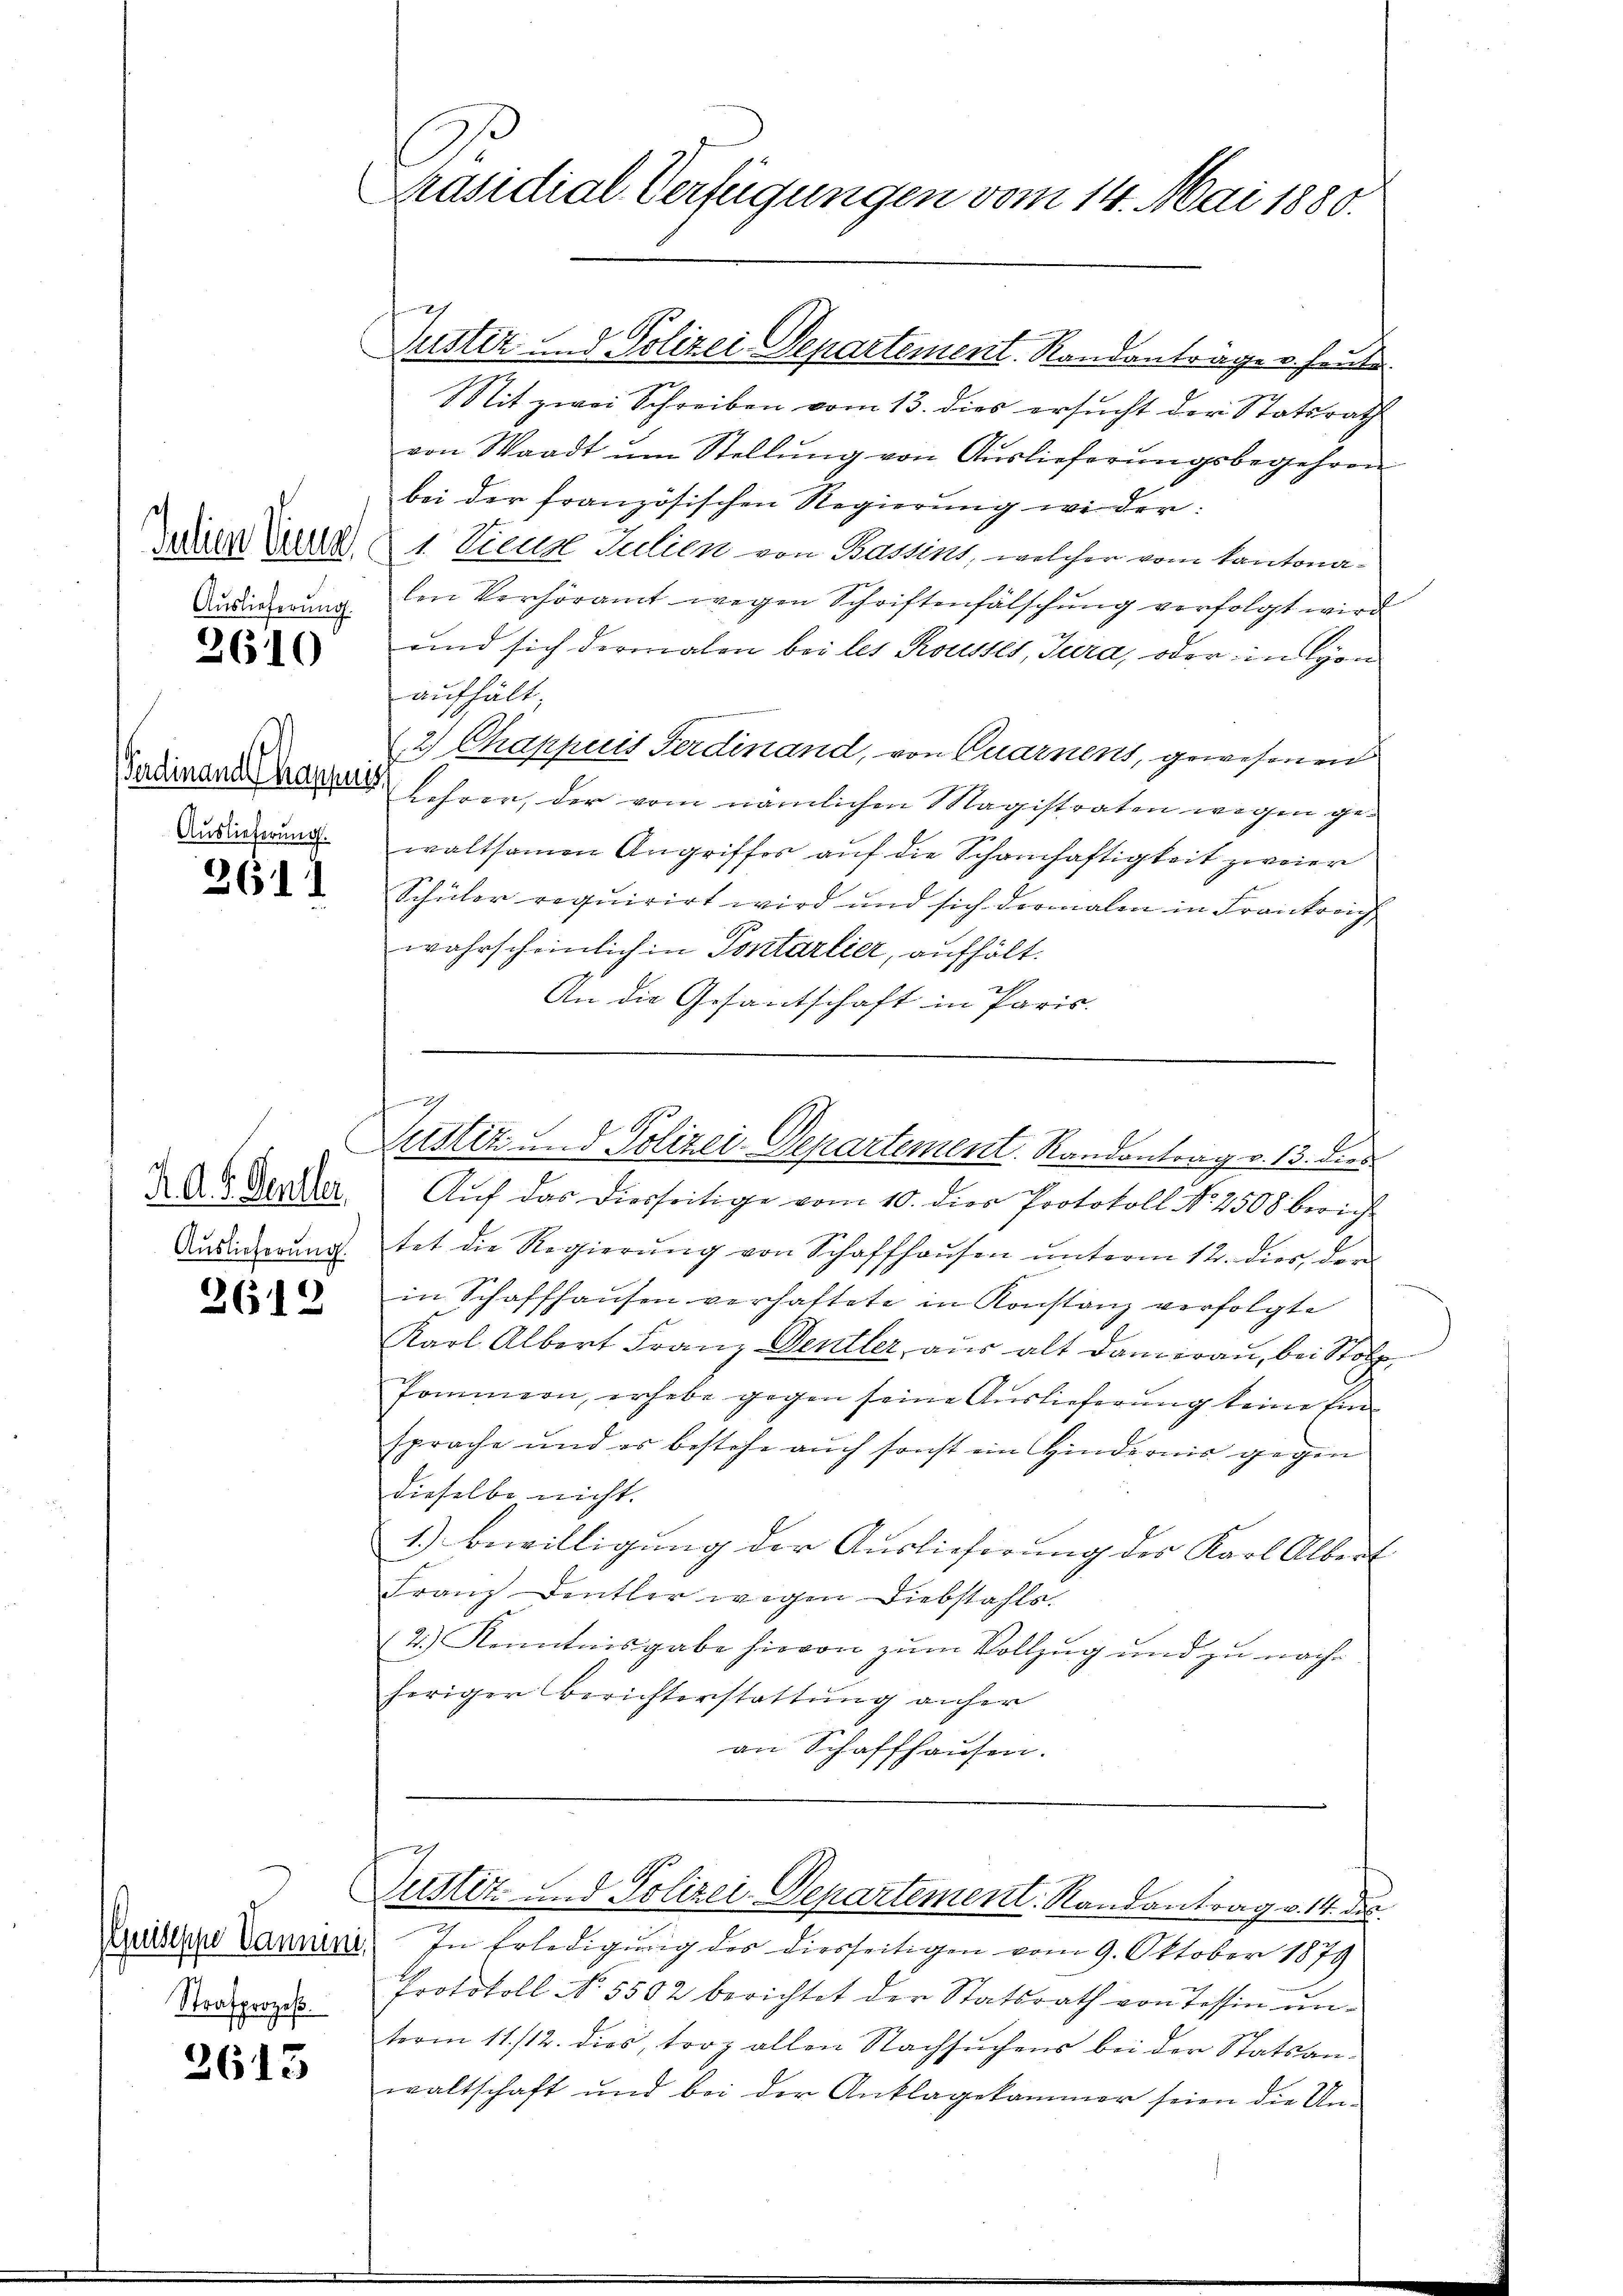
Julien Vene
Auslieferung.

2610

Ferdinand Chappuis
Auslieferung.

261

R. A. Gellen.
Auslieferung.

2619

uiseppe mi
Strafprozeß

2615

Präsidial-Verfügungen vom 14. Mai 1880.

x

Justiz und Polizei Departement. Randantrage v. heute.

2
Justiz und Polizei-Departement. Randantrag v. 13. dies

7
s
I
Mit zwei Schreiben vom 13. dies ersucht der Statsrath
von Waadt ŭm Stellung von Auslieferungsbegehren
bei der französischen Regierung wider:
1. Vicus Julien von Bassins, welcher vom Kantonalen Verhöramt wegen Schriftenfälschung verfolgt wird
und sich dermalen bei les Rousses, Jura, oder in Lyon
aufhält;
2 Chappuis Ferdinand, von Quarnen, gewesenen
Lehrer, der vom nämlichen Magistraten wegen gewaltsamen Angriffes auf die Schamhaftigkeit zweier
Schüler requirirt wird und sich dermalen in Frankreich
wahrscheinlich in Pontarlier, aufhält.
An die Gesantschaft in Paris.

d
Justiz- und Polizei-Departement. Randantrag v. 14. des

In Erledigung des diesseitigen vom 9. Oktober 1879
Protokoll No 5582 berichtet der Statsrath von Tessin unterm 11./12. dies, troz allen Nachsuchens bei der Statsanwaltschaft und bei der Anklagekammer seien die Un¬

Auf das diesseitige vom 10. dies Protokoll No 2508 berich
tet die Regierŭng von Schaffhausen unterm 12. dies, der
in Schaffhausen verhaltete in Konstanz verfolgte
Karl Albert Franz Deutler, aus alt dauerau, bei Stolze
Pommern, erhebe gegen seine Auslieferung keine Einsprache und es bestehe auch sonst ein Hindernis gegen
dieselbe nicht.
1.) Bewilligung der Auslieferung des Karl Albert
Franz Deutler wegen Diebstahls.
2.) Kenntnisgabe hievon zum Vollzug und zu nachheriger Berichterstattung anher
an Schaffhausen.